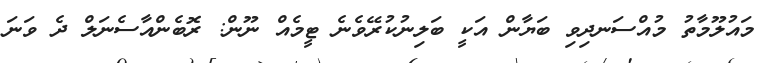
މައުލޫމާތު މުއްސަނދިވި ބަޔާން އަކީ ބަލިނުކުރޭވެނެ ޓީމެއް ނޫން: ރޮބެންއާސެނަލް ދެ ވަނަ